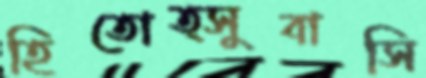
হিতোত্সুবাসি